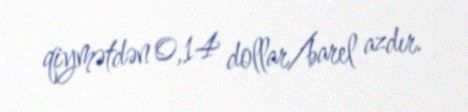
qiymətdən 0,14 dollar/barel azdır.